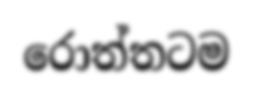
රොත්තටම